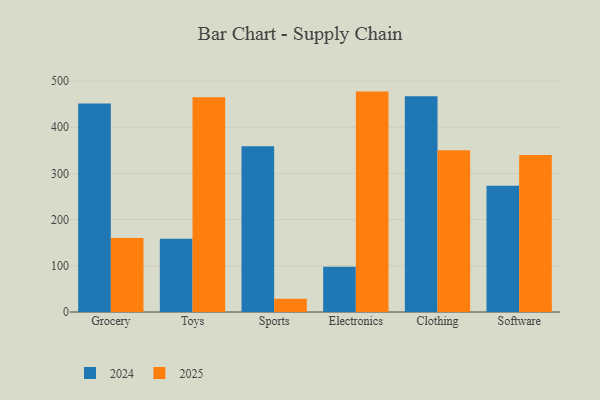
{"axis": {"x": "Category", "y": "Budget (USD K)"}, "legend": ["2024", "2025"], "data": [{"x": "Grocery", "y": 160.4, "type": "2025"}, {"x": "Grocery", "y": 451.4, "type": "2024"}, {"x": "Toys", "y": 464.6, "type": "2025"}, {"x": "Toys", "y": 158.6, "type": "2024"}, {"x": "Sports", "y": 28.8, "type": "2025"}, {"x": "Sports", "y": 359.0, "type": "2024"}, {"x": "Electronics", "y": 477.1, "type": "2025"}, {"x": "Electronics", "y": 98.0, "type": "2024"}, {"x": "Clothing", "y": 350.3, "type": "2025"}, {"x": "Clothing", "y": 467.3, "type": "2024"}, {"x": "Software", "y": 339.9, "type": "2025"}, {"x": "Software", "y": 273.1, "type": "2024"}]}